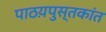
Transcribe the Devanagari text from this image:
पाठय़पुस्तकांत